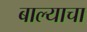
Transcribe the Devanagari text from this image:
बाल्याचा